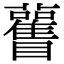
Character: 𥍊